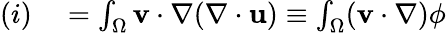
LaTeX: \begin{array}{rlrl}{(i)}&{{}=\int_{\Omega}\mathbf{v}\cdot\nabla(\nabla\cdot\mathbf{u})\equiv\int_{\Omega}(\mathbf{v}\cdot\nabla)\phi}\end{array}